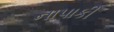
નાપાકી